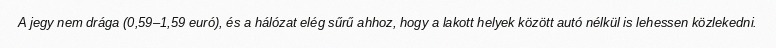
A jegy nem drága (0,59–1,59 euró), és a hálózat elég sűrű ahhoz, hogy a lakott helyek között autó nélkül is lehessen közlekedni.